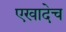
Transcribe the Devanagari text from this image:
एखादेच